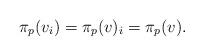
LaTeX: \begin{align*} \pi_{p}(v_{i})=\pi_{p}(v)_{i}=\pi_{p}(v). \end{align*}